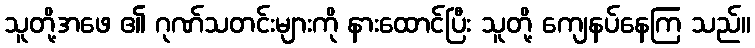
သူတို့အဖေ ၏ ဂုဏ်သတင်းများကို နားထောင်ပြီး သူတို့ ကျေနပ်နေကြ သည်။